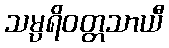
သမ္ပရိဝတ္တသာယီ